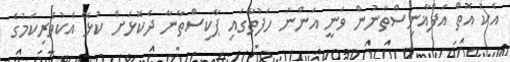
އެކު އޮތް އަފްޣާނިސްތާނުން ވަނީ އަންނަ ހަފުތާގައި ޕާކިސްތާނާ ދެކޮޅަށް ކުޅޭ އެކުވެރިކަމުގެ